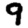
Digit: 9